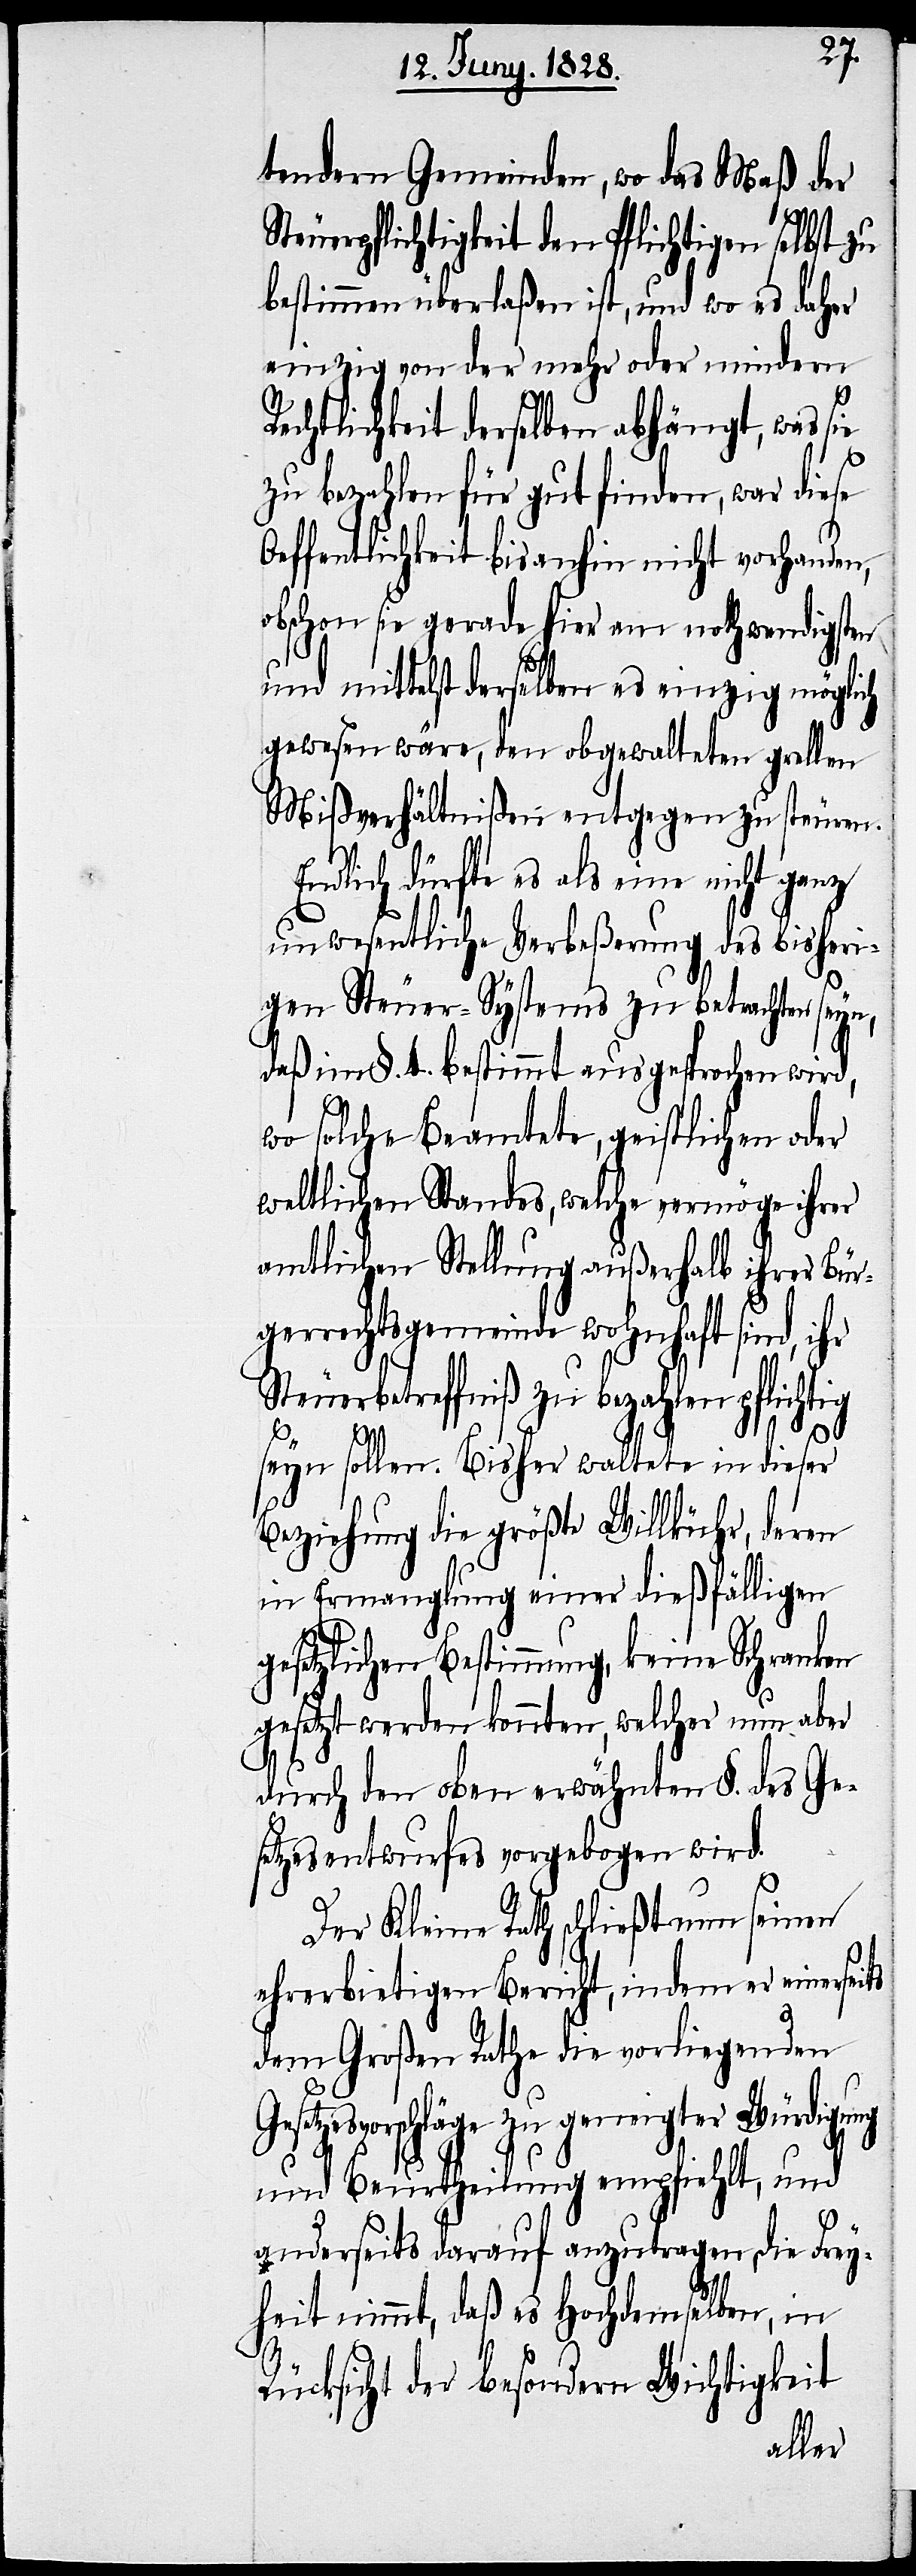
tendern Gemeinden, wo das Maß der
Steuerpflichtigkeit den Pflichtigen selbst zu
bestimmen überlaßen ist, und wo es daher
einzig von der mehr oder mindern
Rechtlichkeit derselben abhängt, was sie
zu bezahlen für gut finden, war diese
Oeffentlichkeit bis anhin nicht vorhanden,
obschon sie gerade hier am nothwendigsten
und mittelst derselben es einzig möglich
gewesen wäre, den obgewalteten grellen
Mißverhältnißen entgegen zu steuren.
Endlich dürfte es als eine nicht ganz
unwesentliche Verbeßerung des bisheri¬
gen Steuer-Systems zu betrachten seyn,
daß im §. 4. bestimmt ausgesprochen wird,
wo solche Beamtete, geistlichen oder
weltlichen Standes, welche vermöge ihrer
amtlichen Stellung außerhalb ihrer Bürg¬
errechtsgemeinde wohnhaft sind, ihr
Steuerbetreffniß zu bezahlen pflichtig
set¬
seyn sollen. Bisher waltete in dieser
Beziehung die größte Willkühr, deren
in Ermanglung einer dießfälligen
gesetzlichen Bestimmung, keine Schranken
gesetzt werden konnten, welcher nun aber
durch den oben erwähnten §. des Ge¬
setzesentwurfes vorgebogen wird.
Der Kleine Rath schließt nun seinen
ehrerbietigen Bericht, indem er einerseits
dem Großen Rathe die vorliegenden
zesvorschläge zu geneigter Würdigung
und Beurtheilung empfiehlt, und
anderseits darauf anzutragen, die Frey¬
heit nimmt, daß es Hochdemselben, in
Rücksicht der besondern Wichtigkeit